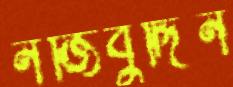
নজিবুদ্দিন